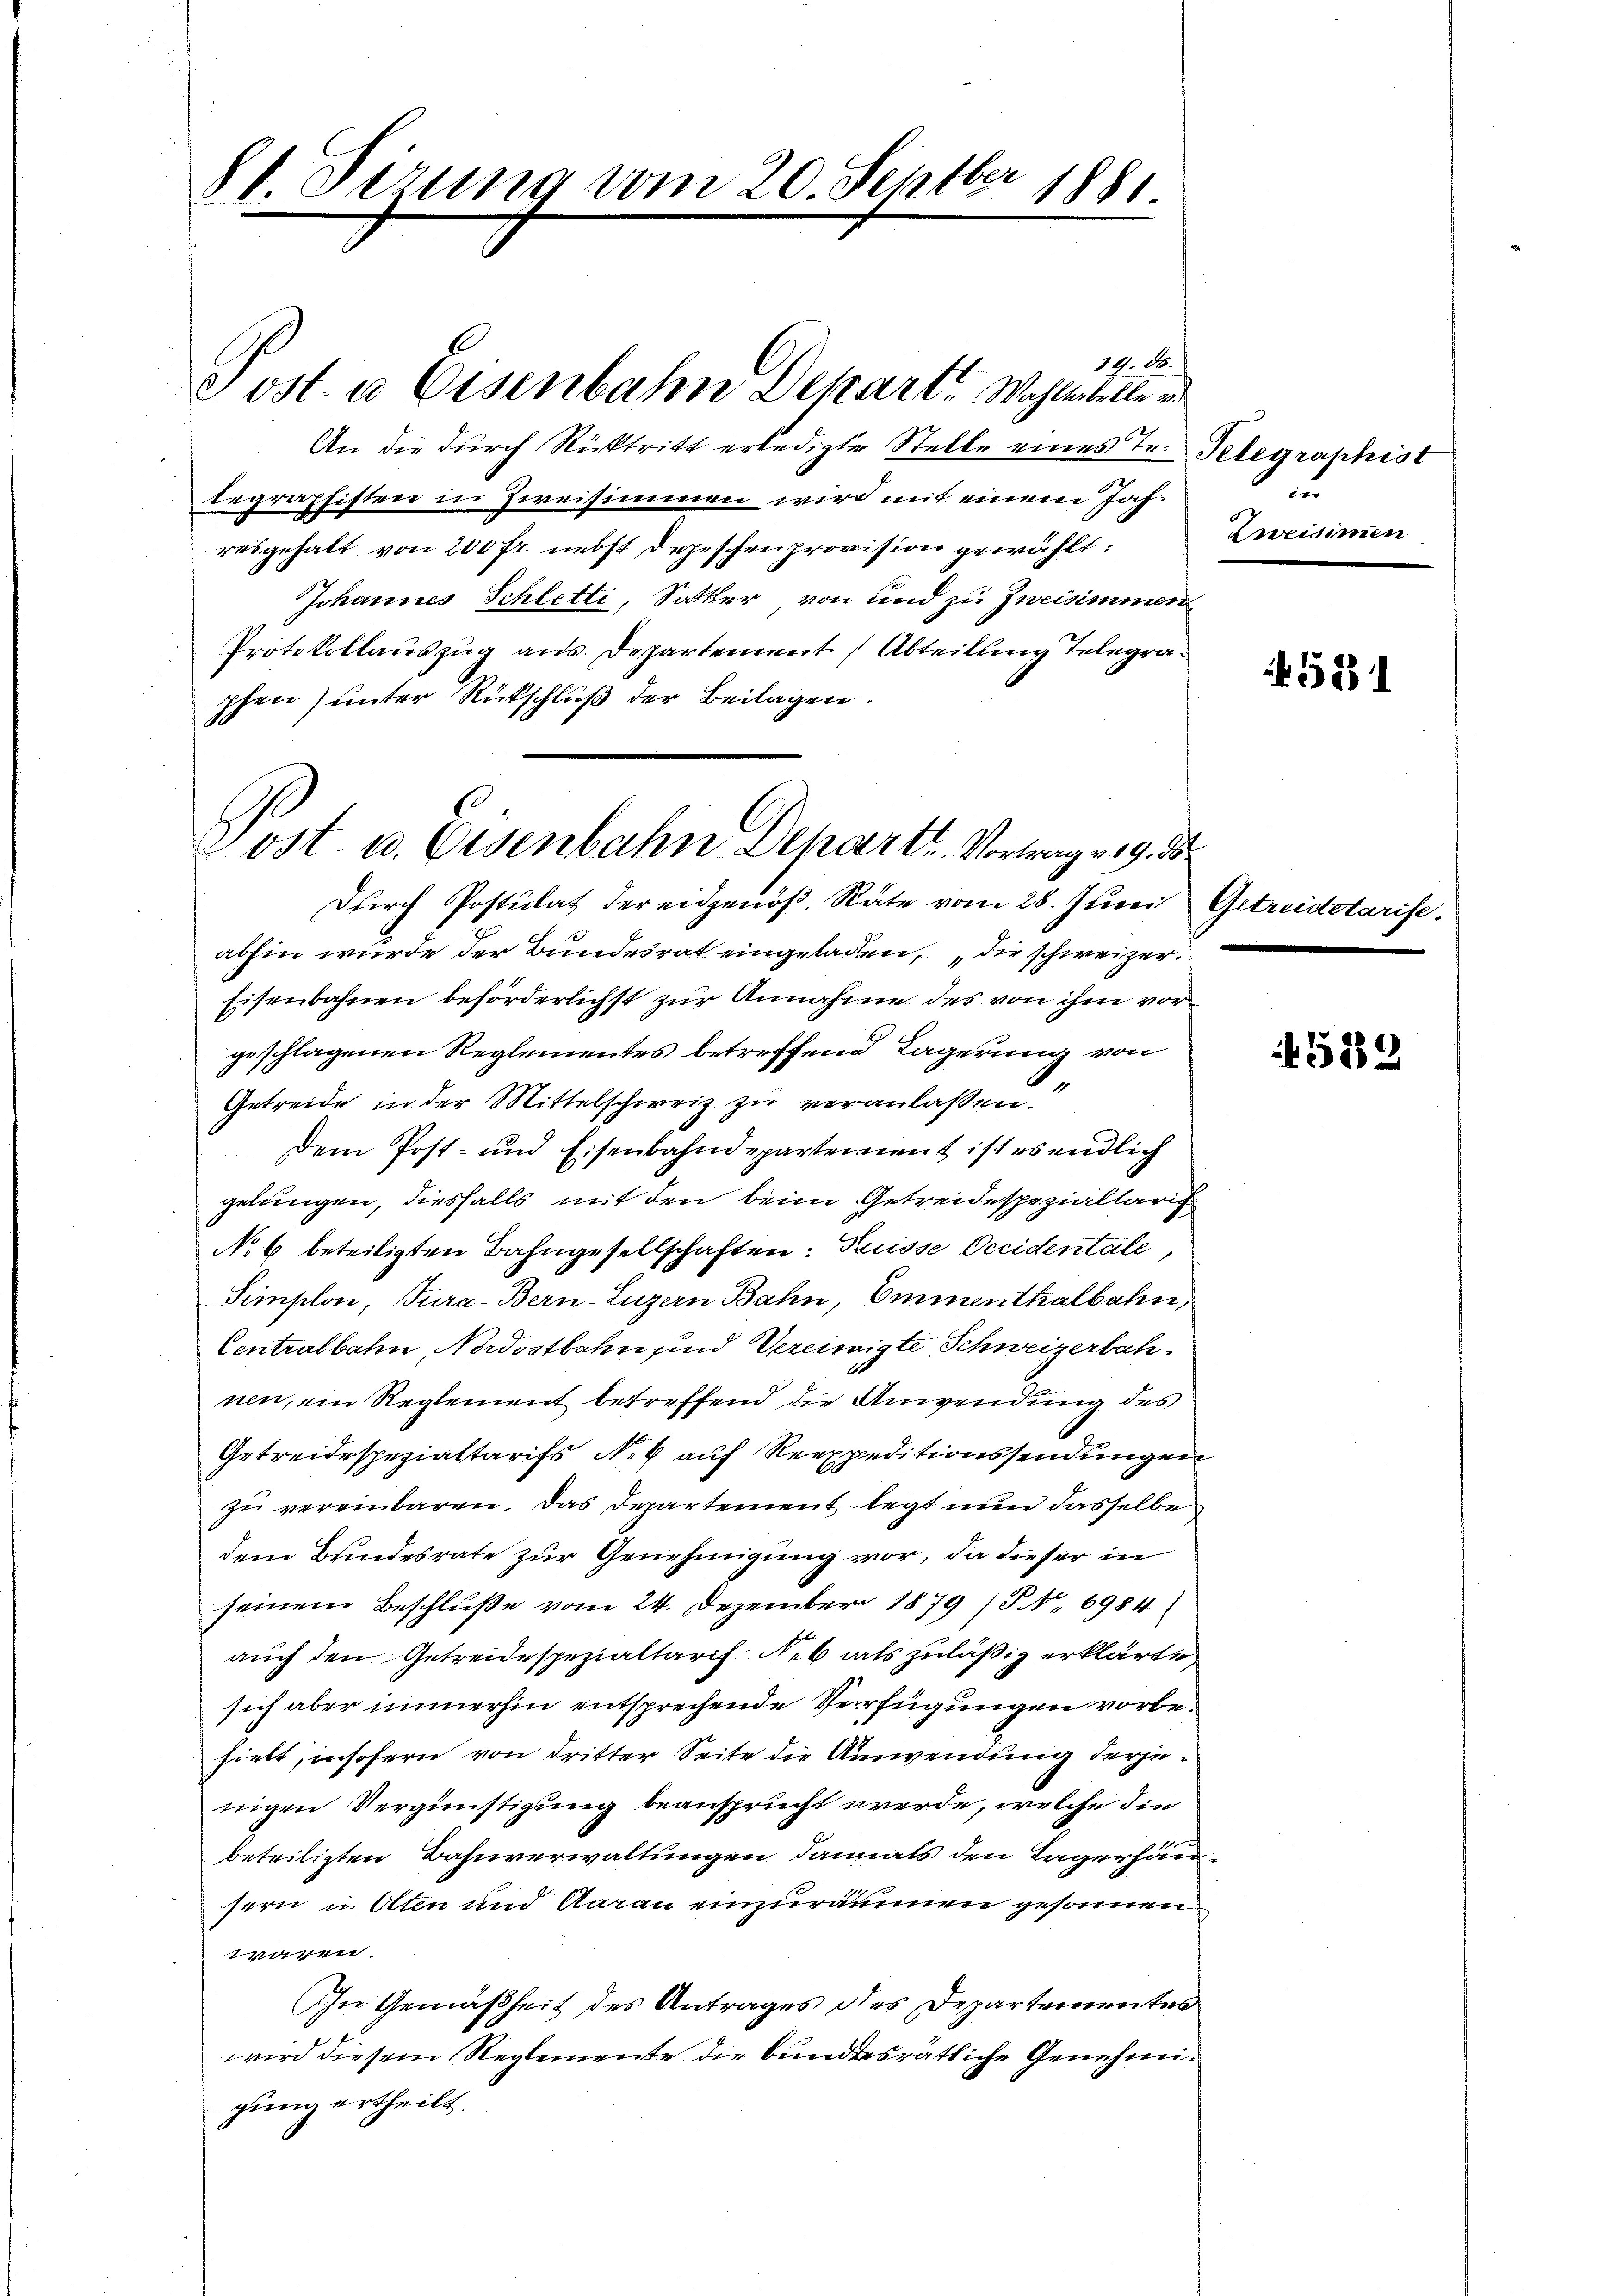
81 dirung vom 20. Septber 1881

14. 86.
An die durch Rücktritt erledigte Stelle eines Te. Telegraphist
begräpfisten in Zweisimmen wird mit einem Jahresgehalt von 200 Fr. nebst Depeschenprovision gewählt:
Johannes Schletti, Sattler von und zu Zweisimmen,
Protokollauszug aus. Departement, Abteilung Telegraphen unter Rückschluß der Beilagen.
Durch Postulat der eidgenöß, Räte vom 28. Juni Getreidetarise.
abhin wurde der Bundesrat eingeladen, „die schweizer.
Eisenbahnen beförderlichst zur Annahme des von ihm vor
geschlagenen Reglementes betreffend Lagerung von
e
Getreide in der Mittelschweiz zu veranlassen.
Dem Post- und Eisenbahndepartement ist es endlich
gelungen, diesfalls mit den beim Getreidespezialtaris
No 6 beteiligten Bahngesellschaften: Trüsse Occidentale
Simplon, Tura-Bern-Luzern Bahn, Emmenthalbahn,
Centralbahn, Nordostbahn und Vereinigte Schweizerbah-
nen, ein Reglement betreffend die Anwendung des
Getreidespezialtarifs Neb auf Reexpeditionssendungen
zu vereinbaren. Das Departement legt nun dasselbe
dem Bundesrate zur Genehmigung vor, da dieser in
seinem Beschluße vom 24. Dezember 1879 (Nr. 6984
auch den Getreidespezialtarif Neb als zuläßig erklärte
sich aber immerhin entsprechende Verfügungen vorbehielt, insofern von dritter Seite die Anwendung derjenigen Vergünstigung beansprucht werde, welche die
beteiligten Bahnverwaltungen damals den Tagerhän
sern in Olten und Aarau einzuräumen gesammen
wären.
In Gemäßheit des Antrages des Departementes
wird diesem Reglemente die bundesrätliche Genehmigung ertheilt.

ost. a Eisenbahn Dekart Wahlestelle u

Post. u. Eisenbahn Dehartr. Vortragung. d

u
Zweisimmen

531

5889